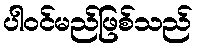
ပါဝင်မည်ဖြစ်သည်